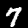
Label: 7